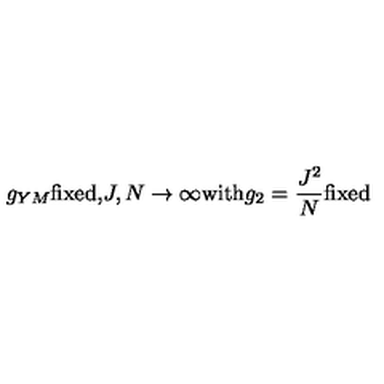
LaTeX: g _ { Y M } \mathrm { f i x e d , } J , N \rightarrow \infty \mathrm { w i t h } g _ { 2 } = \frac { J ^ { 2 } } { N } \mathrm { f i x e d }